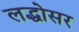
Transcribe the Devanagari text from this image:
लद्धोसर